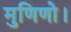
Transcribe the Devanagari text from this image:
मुणिणो।